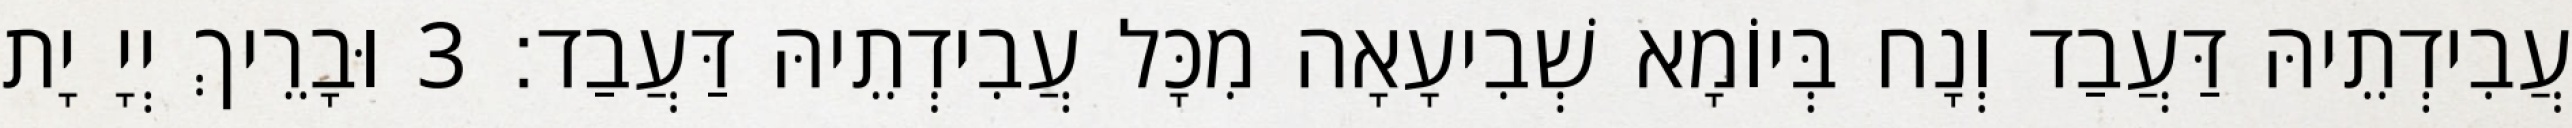
עֲבִידְתֵיהּ דַּעֲבַד וְנָח בְּיוֹמָא שְׁבִיעָאָה מִכָּל עֲבִידְתֵיהּ דַּעֲבַד׃ 3 וּבָרֵיךְ יְיָ יָת